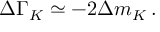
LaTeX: \Delta \Gamma _ { K } \simeq - 2 \Delta m _ { K } \, .